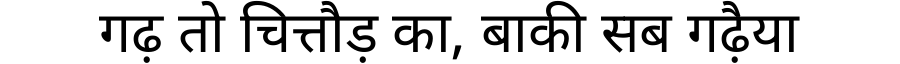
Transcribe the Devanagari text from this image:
गढ़ तो चित्तौड़ का, बाकी सब गढ़ैया